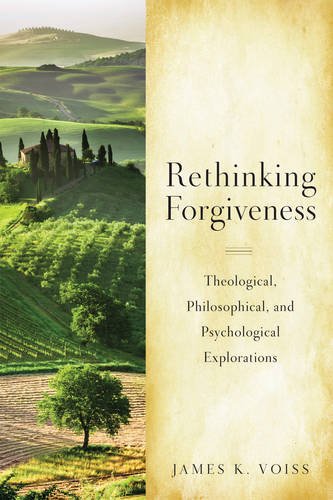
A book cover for Rethinking Christian Forgiveness: Theological, Philosophical, and Psychological Explorations; James  K. Voiss SJ; Christian Books & Bibles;